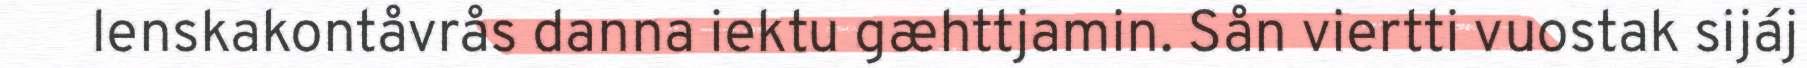
lenskakontåvrås danna iektu gæhttjamin. Sån viertti vuostak sijáj